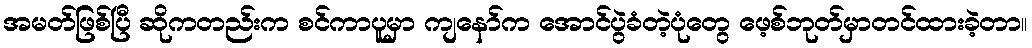
အမတ်ဖြစ်ပြီ ဆိုကတည်းက စင်ကာပူမှာ ကျနော်က အောင်ပွဲခံတဲ့ပုံတွေ ဖေ့စ်ဘုတ်မှာတင်ထားခဲ့တာ။